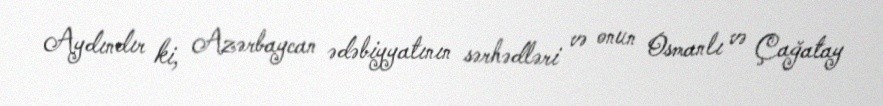
Aydındır ki, Azərbaycan ədəbiyyatının sərhədləri və onun Osmanlı və Çağatay